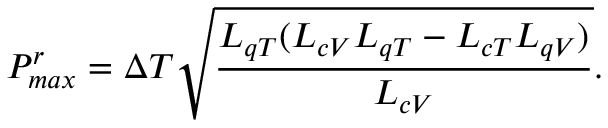
P _ { m a x } ^ { r } = \Delta T \sqrt { \frac { L _ { q T } ( L _ { c V } L _ { q T } - L _ { c T } L _ { q V } ) } { L _ { c V } } } .